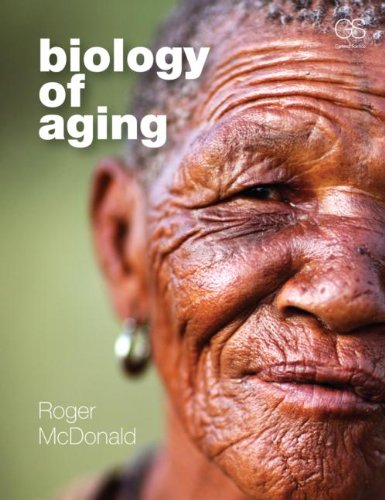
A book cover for Biology of Aging; Roger B. McDonald; Medical Books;